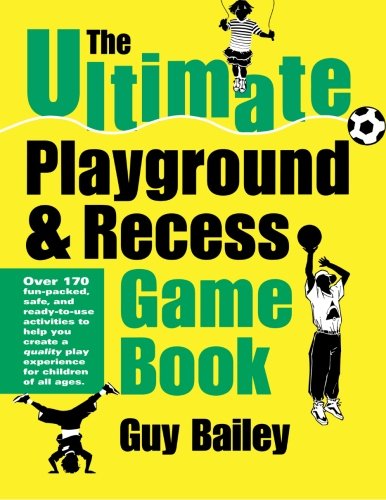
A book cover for The Ultimate Playground & Recess Game Book; Guy Bailey; Humor & Entertainment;